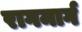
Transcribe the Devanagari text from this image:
रागमार्ग